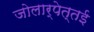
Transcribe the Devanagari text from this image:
जोलार्पेत्तई